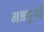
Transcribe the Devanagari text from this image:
अन्नपुर्ण